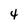
Character: 4